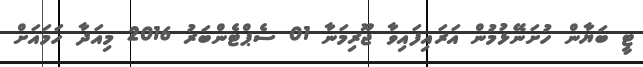
ޓީ ބަޔާން ހުށަނޭޅުމުން އަރައިފައިވާ ޖޫރިމަނާ 01 ސެޕްޓެންބަރު 2016 މިއަދާ ހަމައަށް